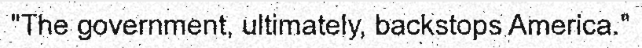
"The government, ultimately, backstops America."